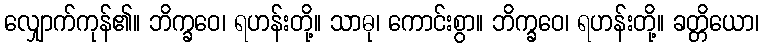
လျှောက်ကုန်၏။ ဘိက္ခဝေ၊ ရဟန်းတို့။ သာဓု၊ ကောင်းစွာ။ ဘိက္ခဝေ၊ ရဟန်းတို့။ ခတ္တိယော၊